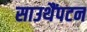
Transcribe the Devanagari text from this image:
साउथैंपटन